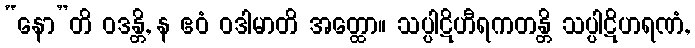
“နော”တိ ဝဒန္တိ, န ဧဝံ ဝဒါမာတိ အတ္ထော။ သပ္ပါဋိဟီရကတန္တိ သပ္ပါဋိဟရဏံ,